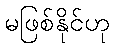
မဖြစ်နိုင်ဟု